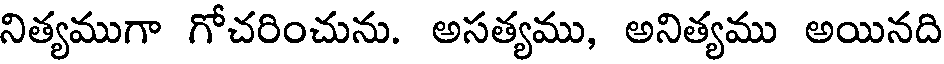
నిత్యముగా గోచరించును. అసత్యము, అనిత్యము అయినది